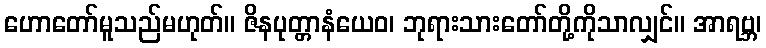
ဟောတော်မူသည်မဟုတ်။ ဇိနပုတ္တာနံယေဝ၊ ဘုရားသားတော်တို့ကိုသာလျှင်။ အာရဗ္ဘ၊